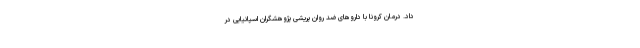
داد. درمان کرونا با داروهای ضد روان ‌پریشی پژوهشگران اسپانیایی در